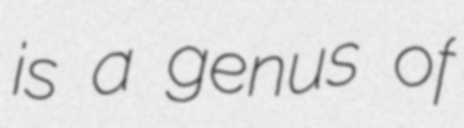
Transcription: is a genus of